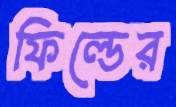
ফিল্ডের